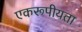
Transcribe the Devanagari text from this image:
एकरूपीयता